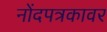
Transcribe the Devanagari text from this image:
नोंदपत्रकावर